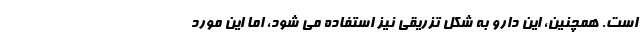
است. همچنین، این دارو به شکل تزریقی نیز استفاده می شود، اما این مورد